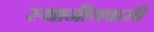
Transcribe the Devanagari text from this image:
स्थानीयवासी